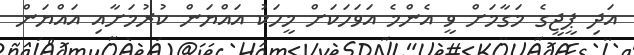
އަދި ޕީޖީގެ މަގާމަށް ވީ އެންމެ އަވަހަކަށް މީހަކު އައްޔަން ކުރުމަށާއި އައްޔަން